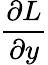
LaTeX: \frac{\partial L}{\partial y}